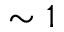
\sim 1